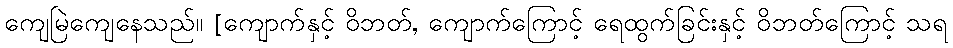
ကျေမြဲကျေနေသည်။ [ကျောက်နှင့် ဝိဘတ်, ကျောက်ကြောင့် ရေထွက်ခြင်းနှင့် ဝိဘတ်ကြောင့် သရ